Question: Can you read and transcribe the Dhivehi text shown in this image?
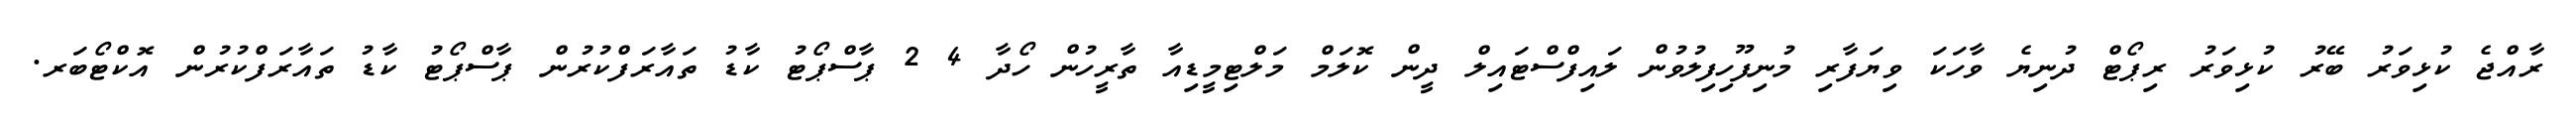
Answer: ރާއްޖެ ކުޅިވަރު ބޭރު ކުޅިވަރު ރިޕޯޓް ދުނިޔެ ވާހަކަ ވިޔަފާރި މުނިފޫހިފިލުވުން ލައިފްސްޓައިލް ދީން ކޮލަމް މަލްޓިމީޑިއާ ތާރީހުން ހޯދާ 4 2 ޕާސްޕޯޓު ކާޑު ތައާރަފްކުރުން ޕާސްޕޯޓު ކާޑު ތައާރަފްކުރުން އޮކްޓޯބަރ.